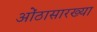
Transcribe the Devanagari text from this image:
ओंठासारख्या